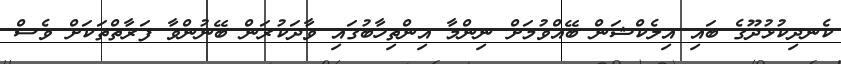
ކެނދިކުޅުދޫގެ ބައި އިލެކްޝަން ބޭއްވުމަށް ނިންމާ އިންތިހާބުގައި ވާދަކުރަން ބޭނުންވާ ފަރާތްތަކަށް ވެސް